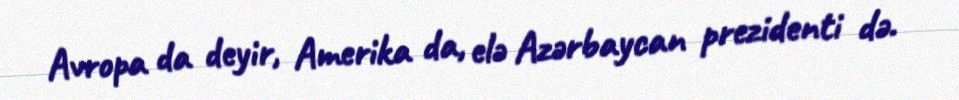
Avropa da deyir, Amerika da, elə Azərbaycan prezidenti də.